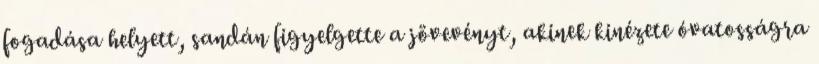
fogadása helyett, sandán figyelgette a jövevényt, akinek kinézete óvatosságra